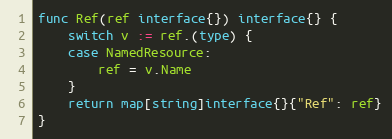
Language: Go
func Ref(ref interface{}) interface{} {
	switch v := ref.(type) {
	case NamedResource:
		ref = v.Name
	}
	return map[string]interface{}{"Ref": ref}
}